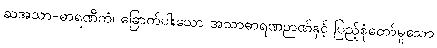
ဆအသာ-ဓာရဏိကံ၊ ခြောက်ပါးသော အသာဓာရဏဉာဏ်နှင့် ပြည့်စုံတော်မူသော